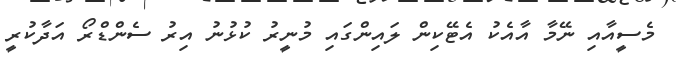
މެސީއާއި ނޭމާ އާއެކު އެޓޭކިން ލައިންގައި މުނީރު ކުޅުނު އިރު ސެންޑްރޯ އަދާކުރީ